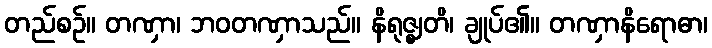
တည်စဉ်။ တဏှာ၊ ဘဝတဏှာသည်။ နိရုဇ္ဈတိ၊ ချုပ်၏။ တဏှာနိရောဓာ၊